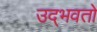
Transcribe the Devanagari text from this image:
उद्‌भवतो